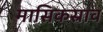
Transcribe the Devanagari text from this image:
मासिकस्राव